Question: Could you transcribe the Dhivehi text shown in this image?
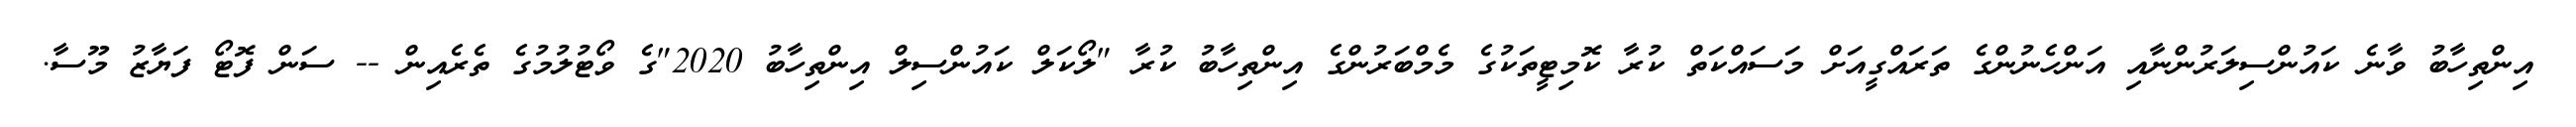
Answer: އިންތިހާބު ވާނެ ކައުންސިލަރުންނާއި އަންހެނުންގެ ތަރައްގީއަށް މަސައްކަތް ކުރާ ކޮމިޓީތަކުގެ މެމްބަރުންގެ އިންތިހާބު ކުރާ "ލޯކަލް ކައުންސިލް އިންތިހާބު 2020"ގެ ވޯޓުލުމުގެ ތެރެއިން -- ސަން ފޮޓޯ ފަޔާޒު މޫސާ.